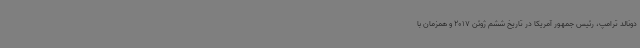
دونالد ترامپ، رئیس جمهور آمریکا در تاریخ ششم ژوئن 2017 و همزمان با